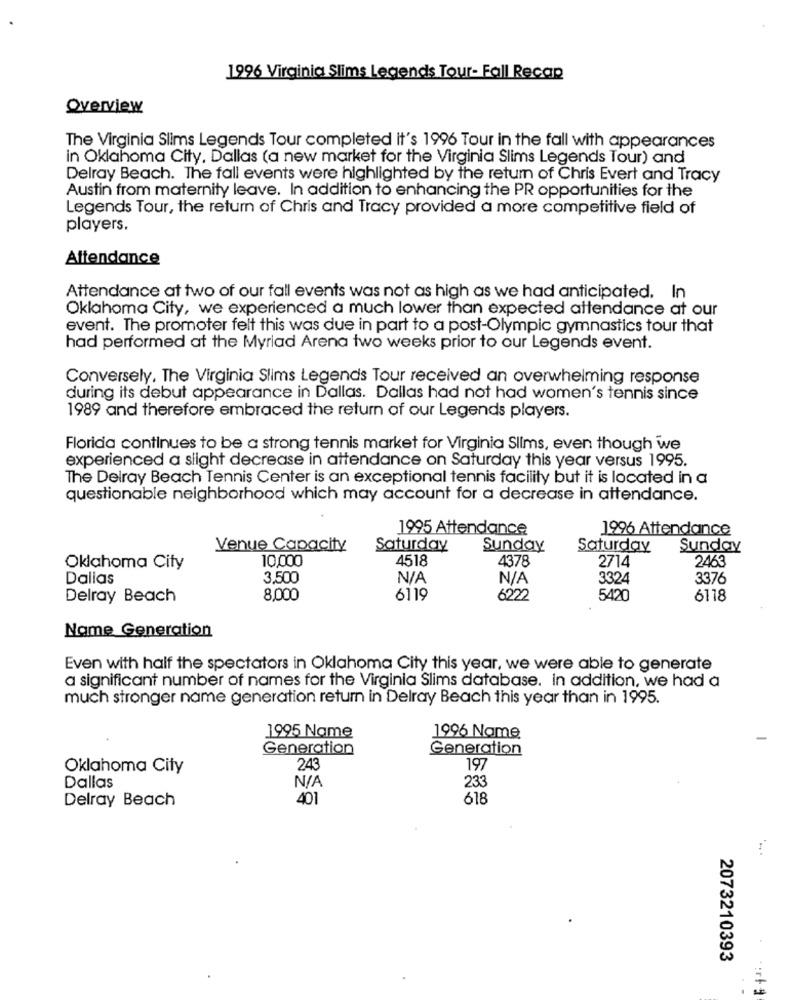
1996 Virginia Slims Legends Tour- Fall Recap
Overview
The Virginia Slims Legends Tour completed it's 1996 Tour in the fall with appearances
in Oklahoma City, Dallas (a new market for the Virginia Slims Legends Tour) and
Delray Beach. The fall events were highlighted by the return of Chris Evert and Tracy
Austin from maternity leave. In addition to enhancing the PR opportunities for the
Legends Tour, the return of Chris and Tracy provided a more competitive field of
players.
Attendance
Attendance at two of our fall events was not as high as we had anticipated. In
Oklahoma City, we experienced a much lower than expected attendance at our
event. The promoter felt this was due in part to a post-Olympic gymnastics tour that
had performed at the Myriad Arena two weeks prior to our Legends event.
Conversely, The Virginia Slims Legends Tour received an overwhelming response
during its debut appearance in Dallas. Dallas had not had women's tennis since
1989 and therefore embraced the return of our Legends players.
Florida continues to be a strong tennis market for Virginia Slims, even though we
experienced a slight decrease in attendance on Saturday this year versus 1995.
The Delray Beach Tennis Center is an exceptional tennis facility but it is located in a
questionable neighborhood which may account for a decrease in attendance.
1995 Attendance
1996 Attendance
Venue Capacity
Saturday
Sunday
Saturday
Sunday
10,000
4518
4378
2714
2463
Oklahoma City
Dallas
3,500
3324
3376
Delray Beach
8,000
6119
6222
5420
6118
Name Generation
Even with half the spectators in Oklahoma City this year, we were able to generate
a significant number of names for the Virginia Slims database. in addition, we had a
much stronger name generation return in Delray Beach this year than in 1995.
1995 Name
1996 Name
Generation
Generation
Oklahoma City
243
197
Dallas
233
Delray Beach
401
618
2073210393